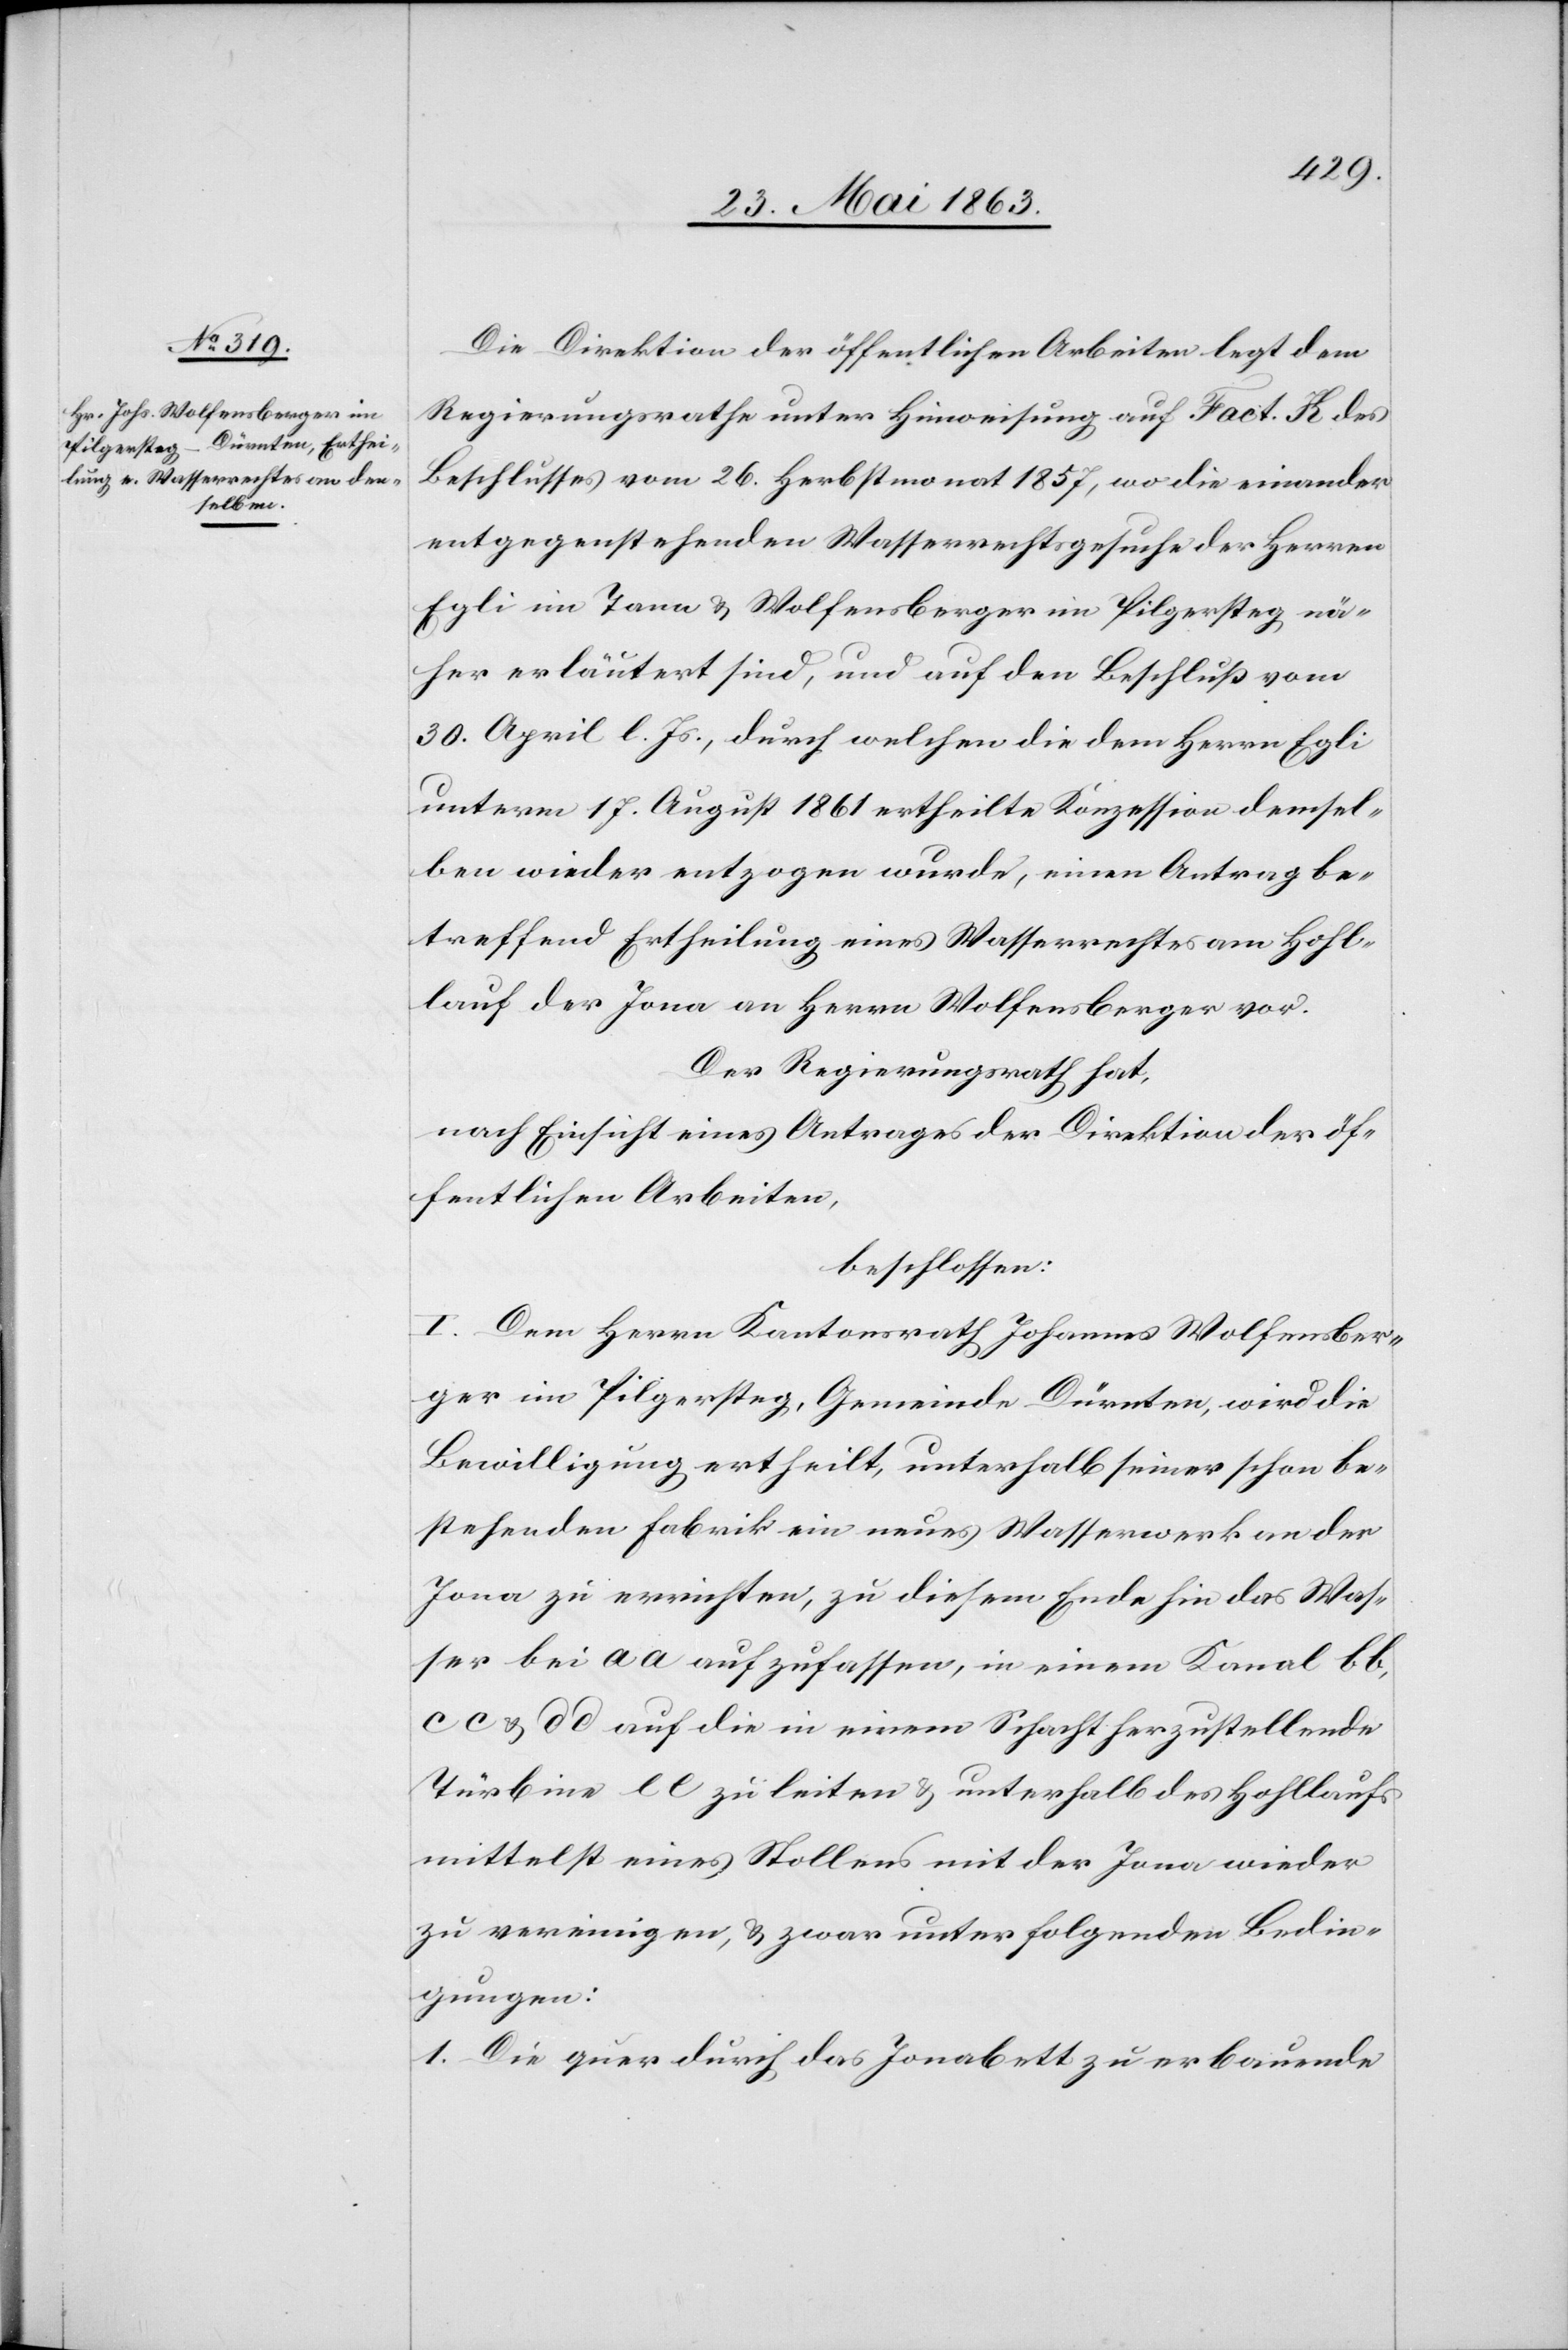
Die Direktion der öffentlichen Arbeiten legt dem
Regierungsrathe unter Hinweisung auf Fact. K des
Beschlusses vom 26. Herbstmonat 1857, wo die einander
entgegenstehenden Wasserrechtsgesuche des Herren
Egli im Tann & Wolfensberger im Pilgersteg nä¬
her erläutert sind, und auf den Beschluß vom
30. April l. Js., durch welchen die dem Herrn Egli
unterm 17. August 1861 ertheilte Konzession demsel¬
ben wieder entzogen wurde, einen Antrag be¬
treffend Ertheilung eines Wasserrechtes am Hohl¬
lauf der Jona an Herrn Wolfensberger vor.
Der Regierungsrath hat,
nach Einsicht eines Antrages der Direktion der öf¬
fentlichen Arbeiten,
beschlossen:
I. Dem Herrn Kantonsrath Johannes Wolfensber¬
ger im Pilgersteg, Gemeinde Dürnten, wird die
Bewilligung ertheilt, unterhalb seiner schon be¬
stehenden Fabrik ein neues Wasserwerk an der
Jona zu errichten, zu diesem Ende hin das Was¬
ser bei aa aufzufassen, in einem Kanal bb,
cc & dd auf die in einem Schacht herzustellende
Türbine ee zu leiten & unterhalb des Hohllaufs
mittelst eines Stollens mit der Jona wieder
zu vereinigen, & zwar unter folgenden Bedin¬
gungen:
1. Die quer durch das Jonabett zu erbauende